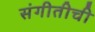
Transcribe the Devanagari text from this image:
संगीतीची